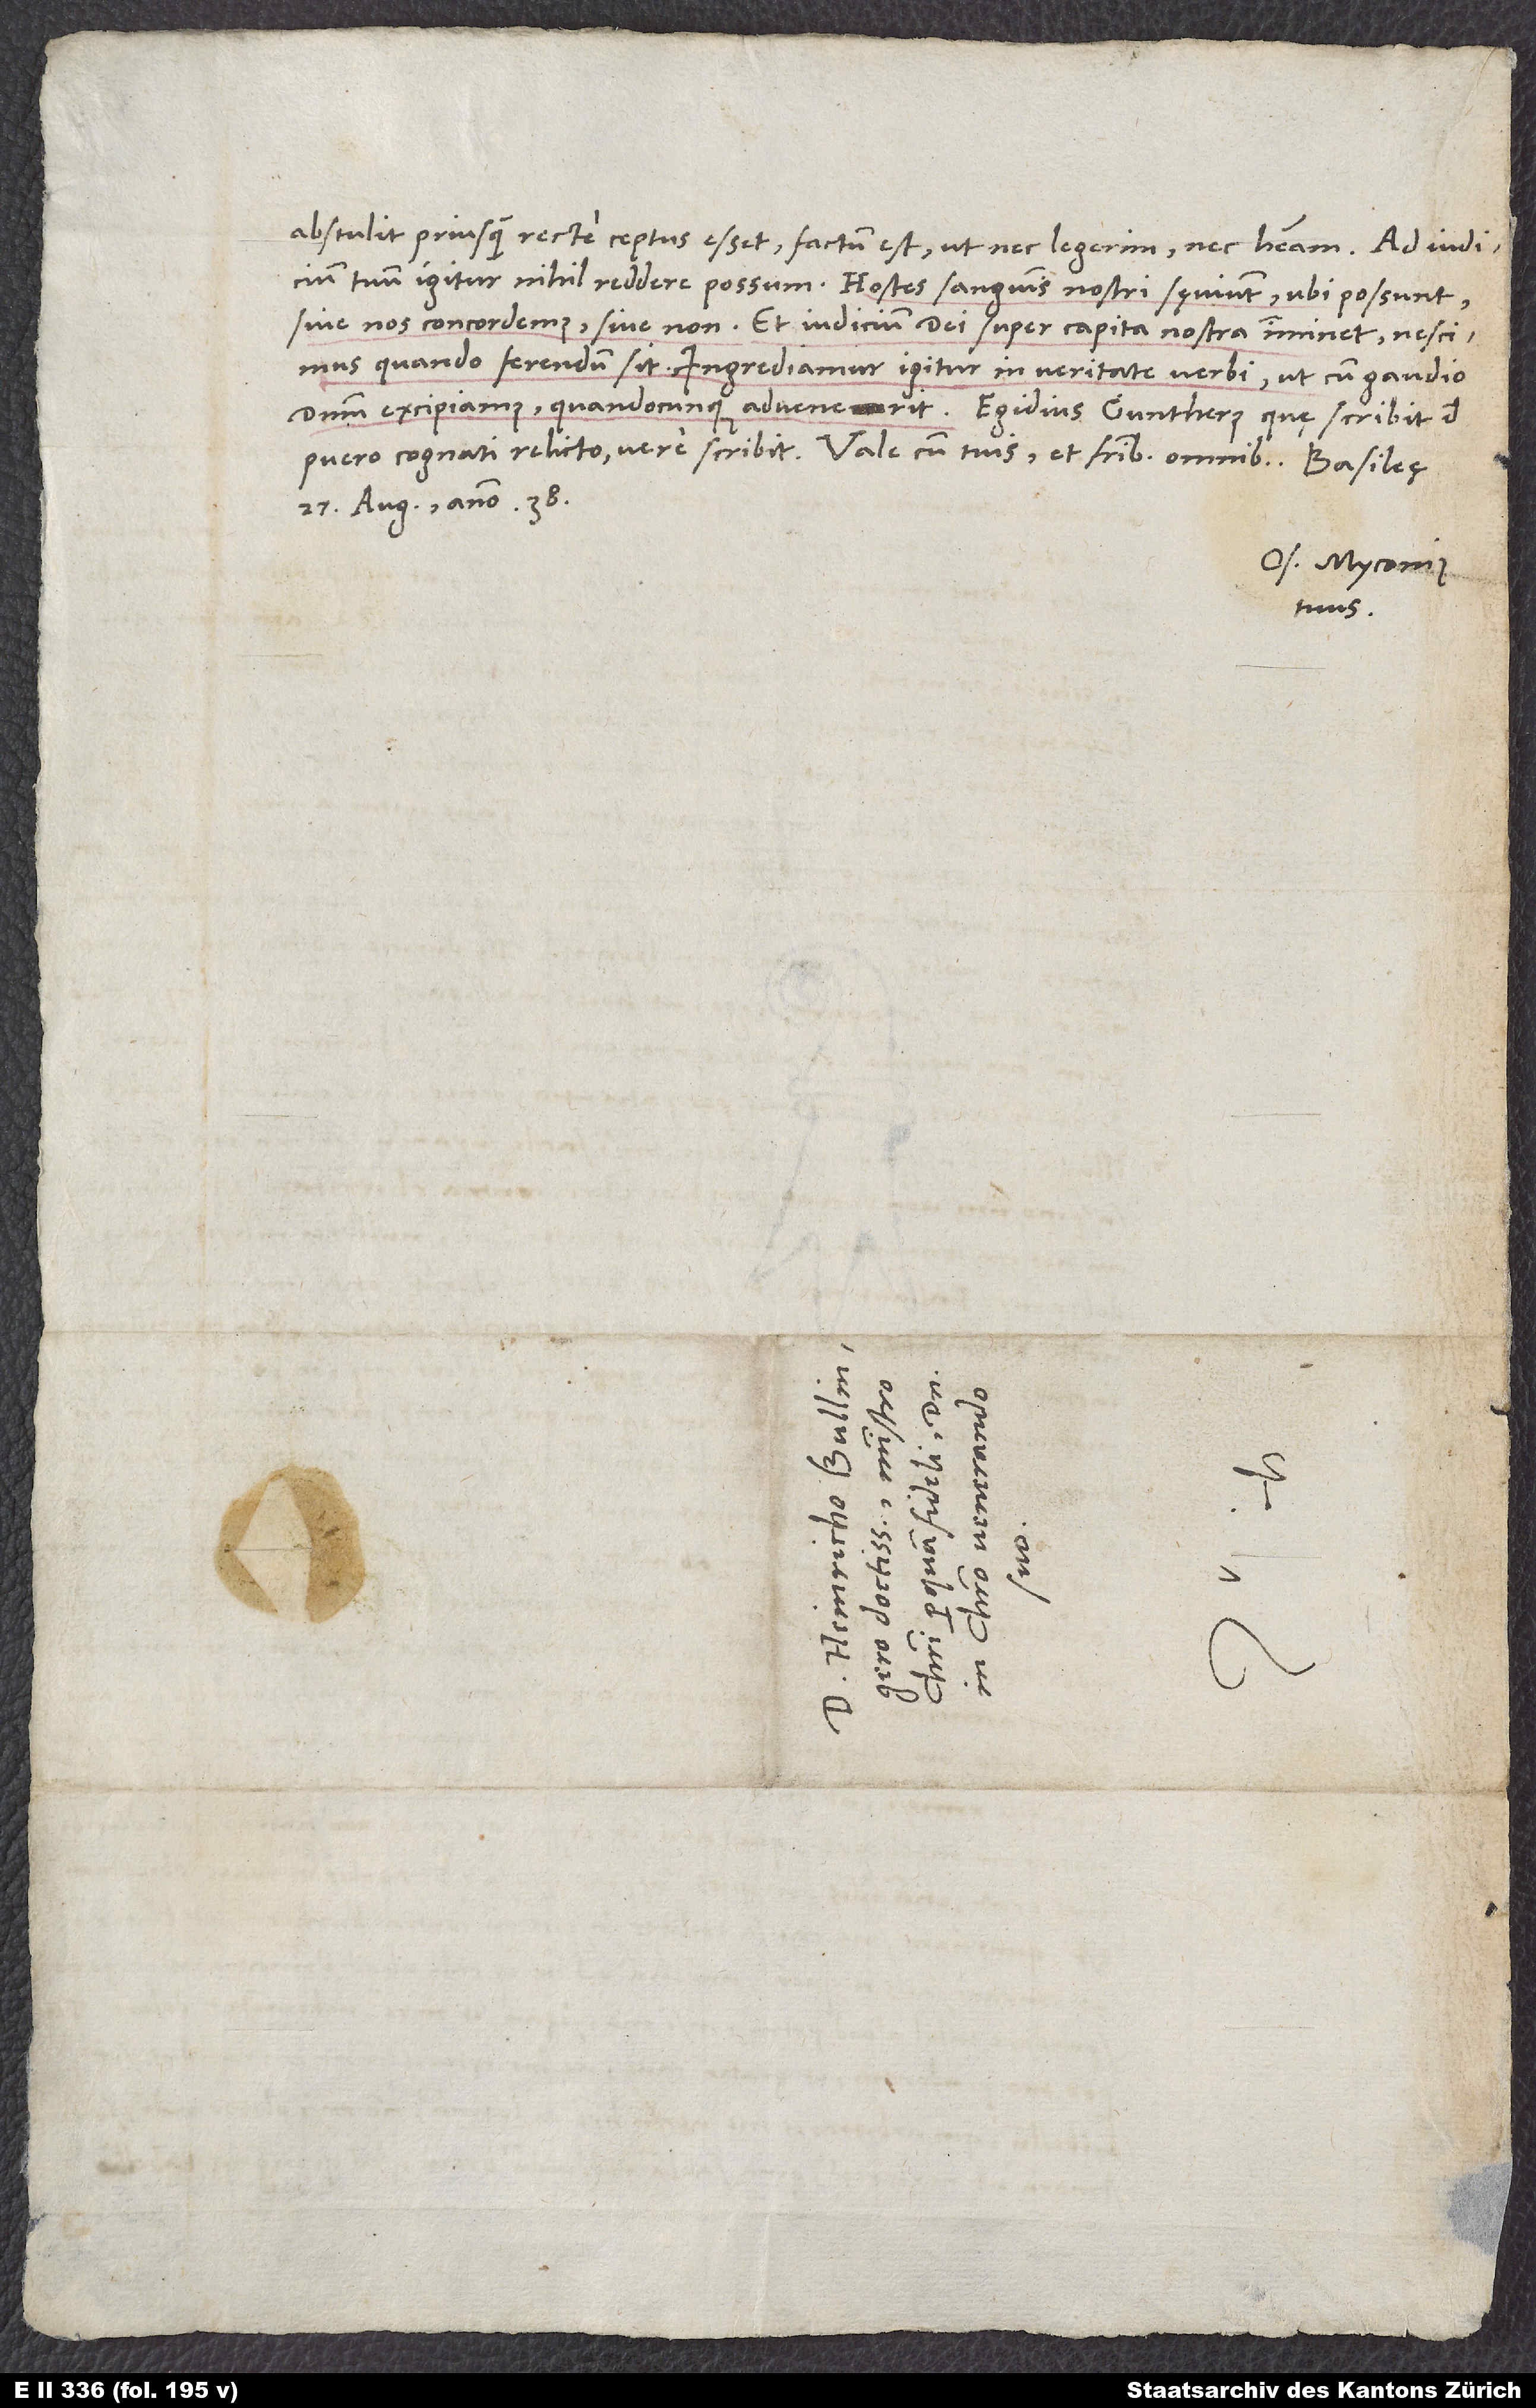
abstulit, priusquam recte ceptus esset, factum est, ut nec legerim nec habeam. Ad iudicium
sive nos concordemus sive non. Et iudicium dei super capita nostra imminet; nescimus,
quando ferendum sit. Ingrediamur igitur in veritate verbi, ut cum gaudio
puero cognati relicto, vere scribit. Vale cum tuis et fratribus omnibus.
27. augusti anno 38.
Os. Myconius
tuus.
S.